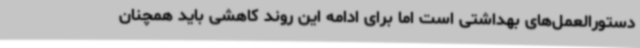
دستورالعمل‌های بهداشتی است اما برای ادامه این روند کاهشی باید همچنان